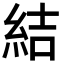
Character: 結